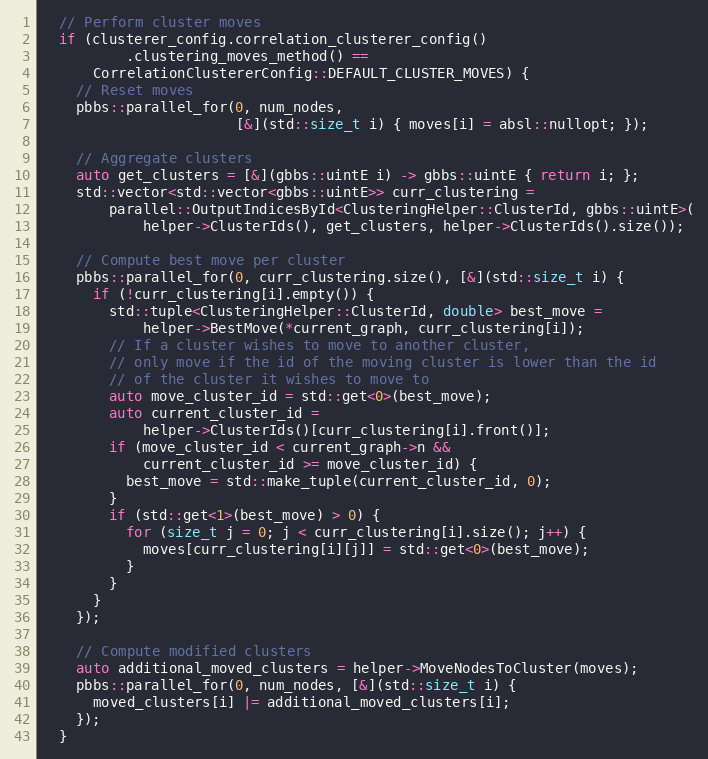
Language: C++
  // Perform cluster moves
  if (clusterer_config.correlation_clusterer_config()
          .clustering_moves_method() ==
      CorrelationClustererConfig::DEFAULT_CLUSTER_MOVES) {
    // Reset moves
    pbbs::parallel_for(0, num_nodes,
                       [&](std::size_t i) { moves[i] = absl::nullopt; });

    // Aggregate clusters
    auto get_clusters = [&](gbbs::uintE i) -> gbbs::uintE { return i; };
    std::vector<std::vector<gbbs::uintE>> curr_clustering =
        parallel::OutputIndicesById<ClusteringHelper::ClusterId, gbbs::uintE>(
            helper->ClusterIds(), get_clusters, helper->ClusterIds().size());

    // Compute best move per cluster
    pbbs::parallel_for(0, curr_clustering.size(), [&](std::size_t i) {
      if (!curr_clustering[i].empty()) {
        std::tuple<ClusteringHelper::ClusterId, double> best_move =
            helper->BestMove(*current_graph, curr_clustering[i]);
        // If a cluster wishes to move to another cluster,
        // only move if the id of the moving cluster is lower than the id
        // of the cluster it wishes to move to
        auto move_cluster_id = std::get<0>(best_move);
        auto current_cluster_id =
            helper->ClusterIds()[curr_clustering[i].front()];
        if (move_cluster_id < current_graph->n &&
            current_cluster_id >= move_cluster_id) {
          best_move = std::make_tuple(current_cluster_id, 0);
        }
        if (std::get<1>(best_move) > 0) {
          for (size_t j = 0; j < curr_clustering[i].size(); j++) {
            moves[curr_clustering[i][j]] = std::get<0>(best_move);
          }
        }
      }
    });

    // Compute modified clusters
    auto additional_moved_clusters = helper->MoveNodesToCluster(moves);
    pbbs::parallel_for(0, num_nodes, [&](std::size_t i) {
      moved_clusters[i] |= additional_moved_clusters[i];
    });
  }